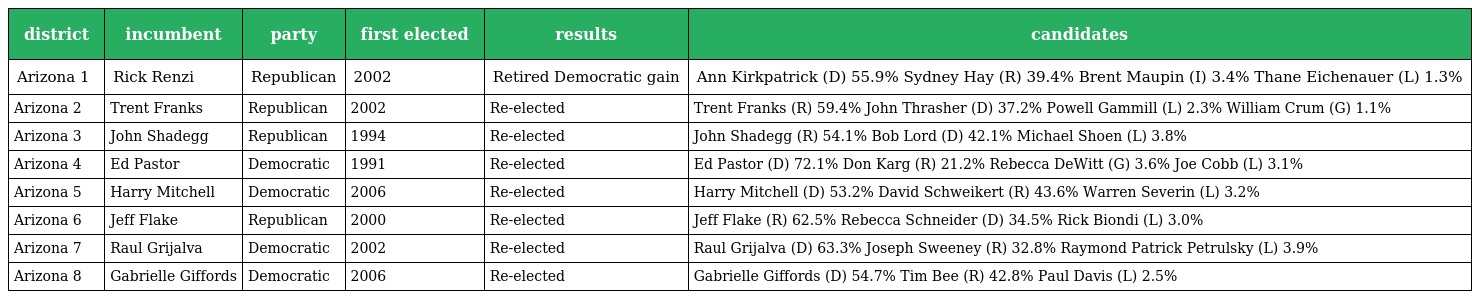
| district | incumbent | party | first elected | results | candidates |
 | --- | --- | --- | --- | --- | --- |
 | Arizona 1 | Rick Renzi | Republican | 2002 | Retired Democratic gain | Ann Kirkpatrick (D) 55.9% Sydney Hay (R) 39.4% Brent Maupin (I) 3.4% Thane Eichenauer (L) 1.3% |
 | Arizona 2 | Trent Franks | Republican | 2002 | Re-elected | Trent Franks (R) 59.4% John Thrasher (D) 37.2% Powell Gammill (L) 2.3% William Crum (G) 1.1% |
 | Arizona 3 | John Shadegg | Republican | 1994 | Re-elected | John Shadegg (R) 54.1% Bob Lord (D) 42.1% Michael Shoen (L) 3.8% |
 | Arizona 4 | Ed Pastor | Democratic | 1991 | Re-elected | Ed Pastor (D) 72.1% Don Karg (R) 21.2% Rebecca DeWitt (G) 3.6% Joe Cobb (L) 3.1% |
 | Arizona 5 | Harry Mitchell | Democratic | 2006 | Re-elected | Harry Mitchell (D) 53.2% David Schweikert (R) 43.6% Warren Severin (L) 3.2% |
 | Arizona 6 | Jeff Flake | Republican | 2000 | Re-elected | Jeff Flake (R) 62.5% Rebecca Schneider (D) 34.5% Rick Biondi (L) 3.0% |
 | Arizona 7 | Raul Grijalva | Democratic | 2002 | Re-elected | Raul Grijalva (D) 63.3% Joseph Sweeney (R) 32.8% Raymond Patrick Petrulsky (L) 3.9% |
 | Arizona 8 | Gabrielle Giffords | Democratic | 2006 | Re-elected | Gabrielle Giffords (D) 54.7% Tim Bee (R) 42.8% Paul Davis (L) 2.5% |